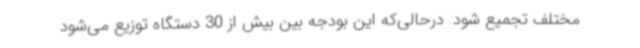
مختلف تجمیع شود. درحالی‌که این بودجه بین بیش از 30 دستگاه توزیع می‌شود